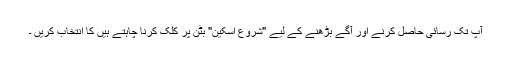
آپ تک رسائی حاصل کرنے اور آگے بڑھنے کے لیے "شروع اسکین" بٹن پر کلک کرنا چاہتے ہیں کا انتخاب کریں ۔